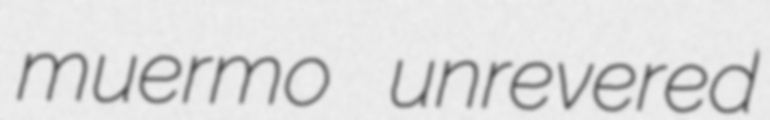
muermo unrevered